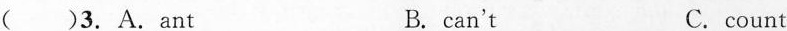
( )3. A.Ant B. can't C. count